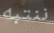
ننتبه